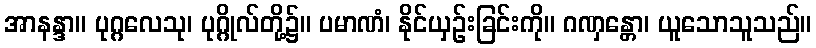
အာနန္ဒာ။ ပုဂ္ဂလေသု၊ ပုဂ္ဂိုလ်တို့၌။ ပမာဏံ၊ နိုင်ယှဉ်းခြင်းကို။ ဂဏှန္တော၊ ယူသောသူသည်။